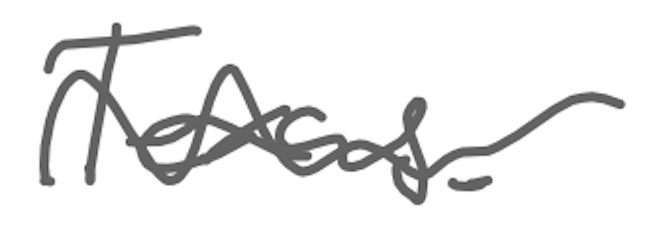
Text: Texas.
Cross-out: wave
Writing tool: digital_gray